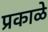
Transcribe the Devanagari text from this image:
प्रकाळे